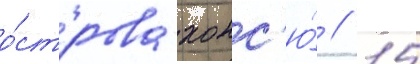
о́строва хонс'ю́ // 15